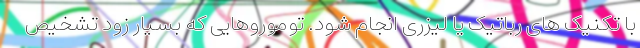
با تکنیک های رباتیک یا لیزری انجام شود. توموروهایی که بسیار زود تشخیص